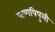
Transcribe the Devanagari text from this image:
पाणपिपुली